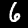
Digit: 6